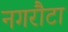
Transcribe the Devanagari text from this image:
नगरौटा